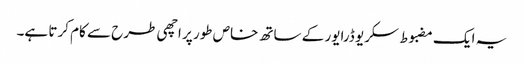
یہ ایک مضبوط سکریو ڈرایور کے ساتھ خاص طور پر اچھی طرح سے کام کرتا ہے۔